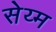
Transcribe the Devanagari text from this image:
सेय्म